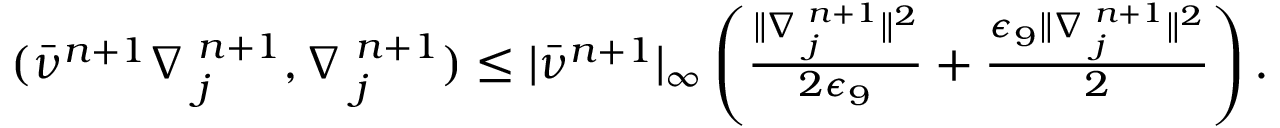
\begin{array} { r } { ( \bar { \nu } ^ { n + 1 } \nabla { \bf \eta } _ { j } ^ { n + 1 } , \nabla { \bf \phi } _ { j } ^ { n + 1 } ) \le | \bar { \nu } ^ { n + 1 } | _ { \infty } \left( \frac { \| \nabla { \bf \eta } _ { j } ^ { n + 1 } \| ^ { 2 } } { 2 \epsilon _ { 9 } } + \frac { \epsilon _ { 9 } \| \nabla { \bf \phi } _ { j } ^ { n + 1 } \| ^ { 2 } } { 2 } \right) . } \end{array}